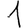
Digit: 1